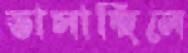
ভাসাচ্ছিলে